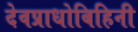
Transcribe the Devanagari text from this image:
देवप्राधोबिहिनी